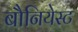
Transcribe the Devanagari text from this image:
बौनियेस्ट